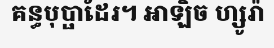
គន្ធបុប្ផាដែរ។ អាឡិច ហ្សូរ៉ា